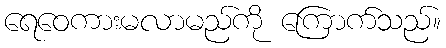
ရေဝေကားမလာမည်ကို ကြောက်သည်။